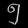
Digit: ၅